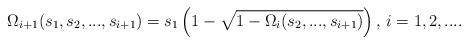
LaTeX: \begin{align*}\Omega _{i+1}(s_{1},s_{2},...,s_{i+1})=s_{1}\left( 1-\sqrt{1-\Omega_{i}(s_{2},...,s_{i+1})}\right) ,\,i=1,2,.... \end{align*}